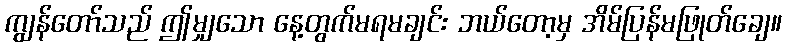
ကျွန်တော်သည် ဤမျှသော နေ့တွက်မရမချင်း ဘယ်တော့မှ အိမ်ပြန်မဖြုတ်ချေ။